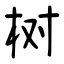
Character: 树